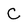
Character: C